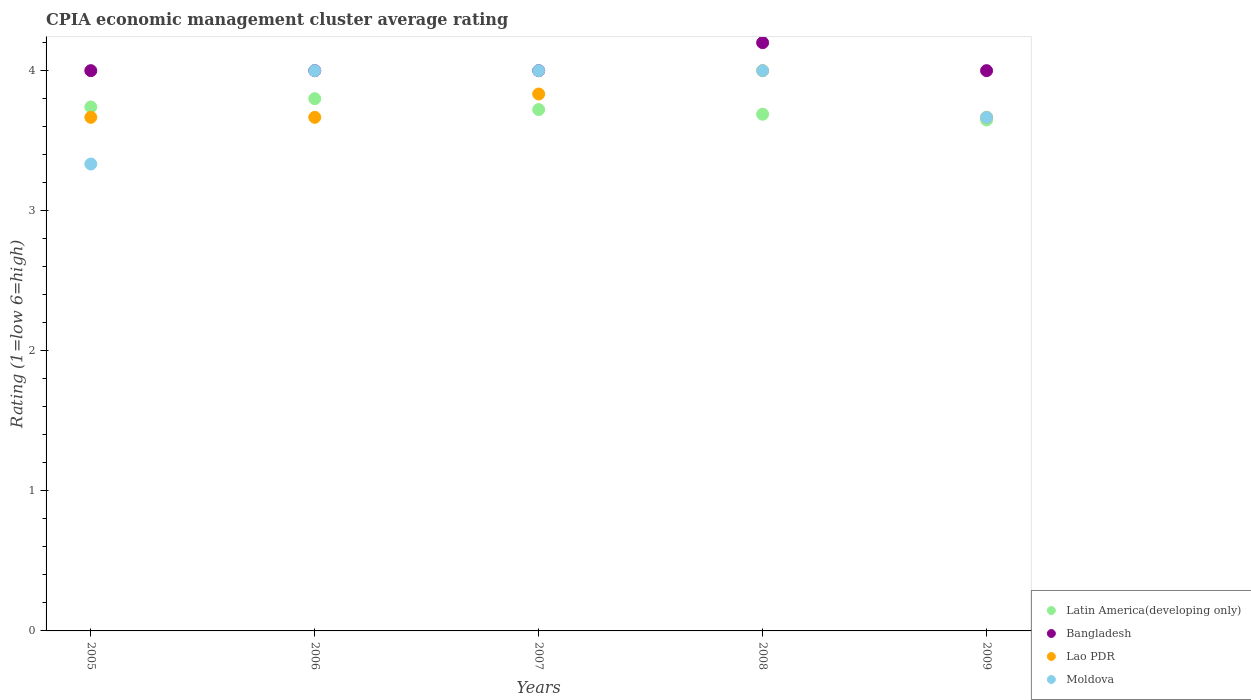
| Years | Latin America(developing only) | Bangladesh | Lao PDR | Moldova |
 | --- | --- | --- | --- | --- |
 | 2005 | 3.74 | 4 | 3.67 | 3.33 |
 | 2006 | 3.8 | 4 | 3.67 | 4 |
 | 2007 | 3.72 | 4 | 3.83 | 4 |
 | 2008 | 3.69 | 4.2 | 4 | 4 |
 | 2009 | 3.65 | 4 | 3.67 | 3.67 |